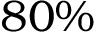
8 0 \%